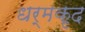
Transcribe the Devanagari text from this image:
धर्मकृद